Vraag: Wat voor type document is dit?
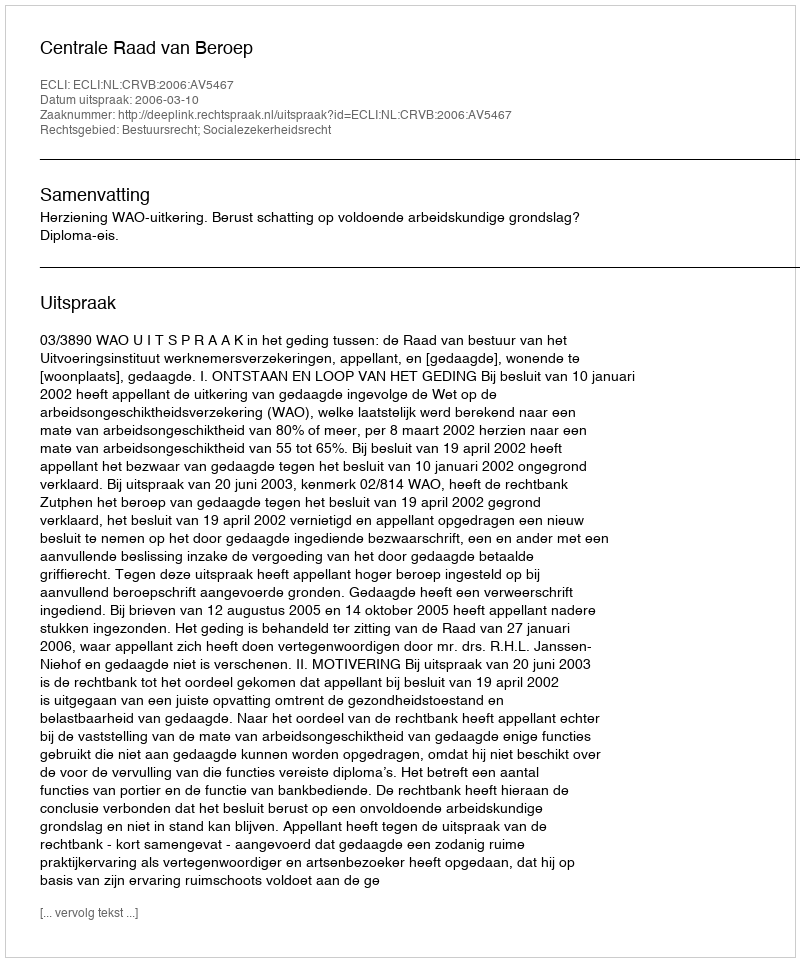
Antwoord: Uitspraak